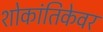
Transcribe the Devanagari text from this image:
शोकांतिकेवर